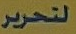
لتحرير